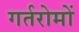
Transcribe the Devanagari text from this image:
गर्तरोमों